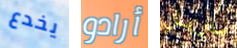
يخدع أرادو ماربل